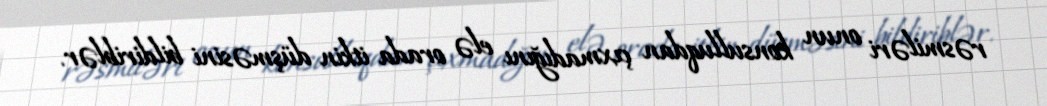
rəsmiləri onun konsulluqdan çıxmadığını elə orada itkin düşməsini bildiriblər.